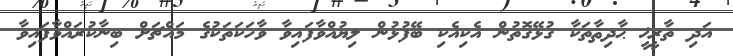
އަދި ތާރީޚީ ޙާދިޘާތަކާ ގުޅޭގޮތުން އެކިއެކި ބޭފުޅުން ލިޔުއްވާފައިވާ ވާހަކަތަކުގެ މައްޗަށް ބިނާކުރައްވާފައިވާ